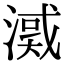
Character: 㵄